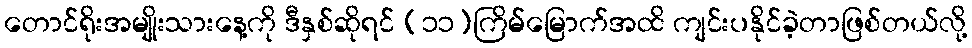
တောင်ရိုးအမျိုးသားနေ့ကို ဒီနှစ်ဆိုရင် (၁၁)ကြိမ်မြောက်အထိ ကျင်းပနိုင်ခဲ့တာဖြစ်တယ်လို့